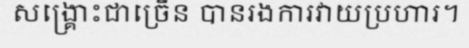
សង្គ្រោះជាច្រើន បានរងការវាយប្រហារ។